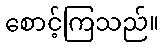
စောင့်ကြသည်။